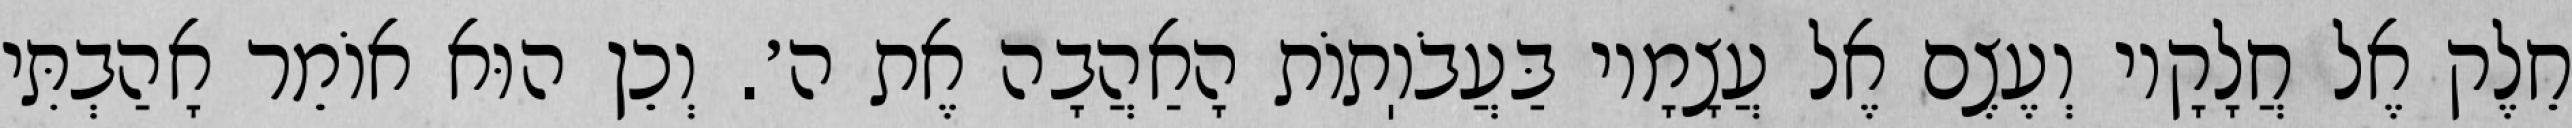
חֵלֶק אֶל חֲלָקָיו וְעֶצֶם אֶל עֲצָמָיו בַּעֲבֹוֽתוֹת הָאַהֲבָה אֶת ה׳. וְכֵן הוּא אוֹמֵר אָהַבְתִּי